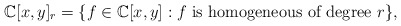
\begin{align*}\mathbb{C}[x,y]_r=\{f\in \mathbb{C}[x,y]: f\textrm{ is homogeneous of degree }r\},\end{align*}